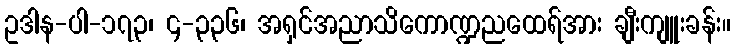
ဥဒါန-ပါ-၁၇၃၊ ၄-၃၃၆၊ အရှင်အညာသိကောဏ္ဍညထေရ်အား ချီးကျူးခန်း။